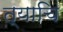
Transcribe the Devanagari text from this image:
त्याचि